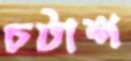
চটাশ